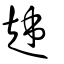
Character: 趀